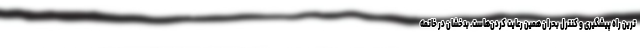
ترین راه پیشگیری و کنترل بحران همین رعایت کردن‌هاست. بدخشان در خاتمه